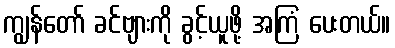
ကျွန်တော် ခင်ဗျားကို ခွင့်ယူဖို့ အကြံ ပေးတယ်။